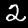
Digit: 2